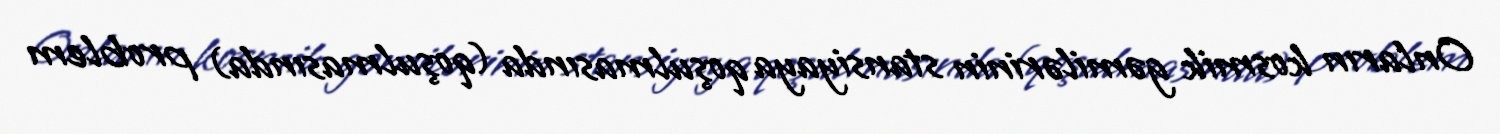
Onların kosmik gəmilərinin stansiyaya qoşulmasında (qoşulmasında) problem